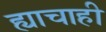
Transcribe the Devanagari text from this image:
ह्याचाही